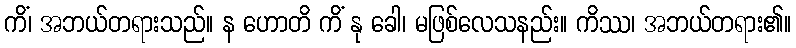
ကိံ၊ အဘယ်တရားသည်။ န ဟောတိ ကိံ နု ခေါ၊ မဖြစ်လေသနည်း။ ကိဿ၊ အဘယ်တရား၏။